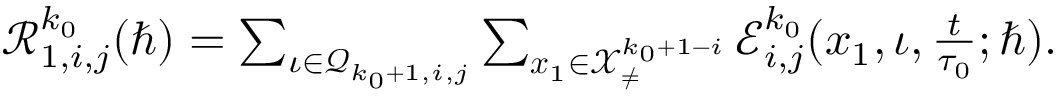
\begin{array} { r } { \mathcal { R } _ { 1 , i , j } ^ { k _ { 0 } } ( \hbar ) = \sum _ { \iota \in \mathcal { Q } _ { k _ { 0 } + 1 , i , j } } \sum _ { \boldsymbol { x } _ { 1 } \in \mathcal { X } _ { \neq } ^ { k _ { 0 } + 1 - i } } \mathcal { E } _ { i , j } ^ { k _ { 0 } } ( \boldsymbol { x } _ { 1 } , \iota , \frac { t } { \tau _ { 0 } } ; \hbar ) . } \end{array}